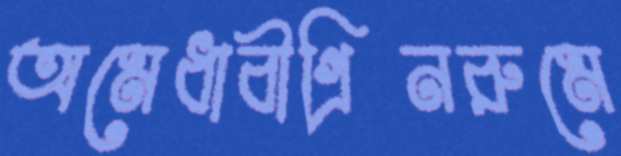
অমেধাবীগ্রিনরুমে